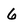
Character: 6